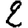
Digit: 2